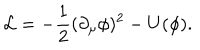
{ \cal L } = - \frac { 1 } { 2 } ( \partial _ { \mu } \phi ) ^ { 2 } - U ( \phi ) .